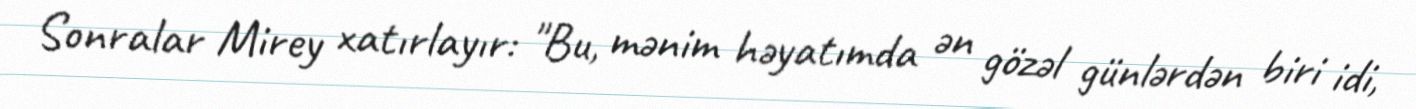
Sonralar Mirey xatırlayır: "Bu, mənim həyatımda ən gözəl günlərdən biri idi,